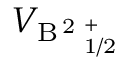
V _ { \mathrm { B \, ^ { 2 } \Sigma _ { 1 / 2 } ^ { + } } }